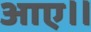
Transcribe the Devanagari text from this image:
आए॥